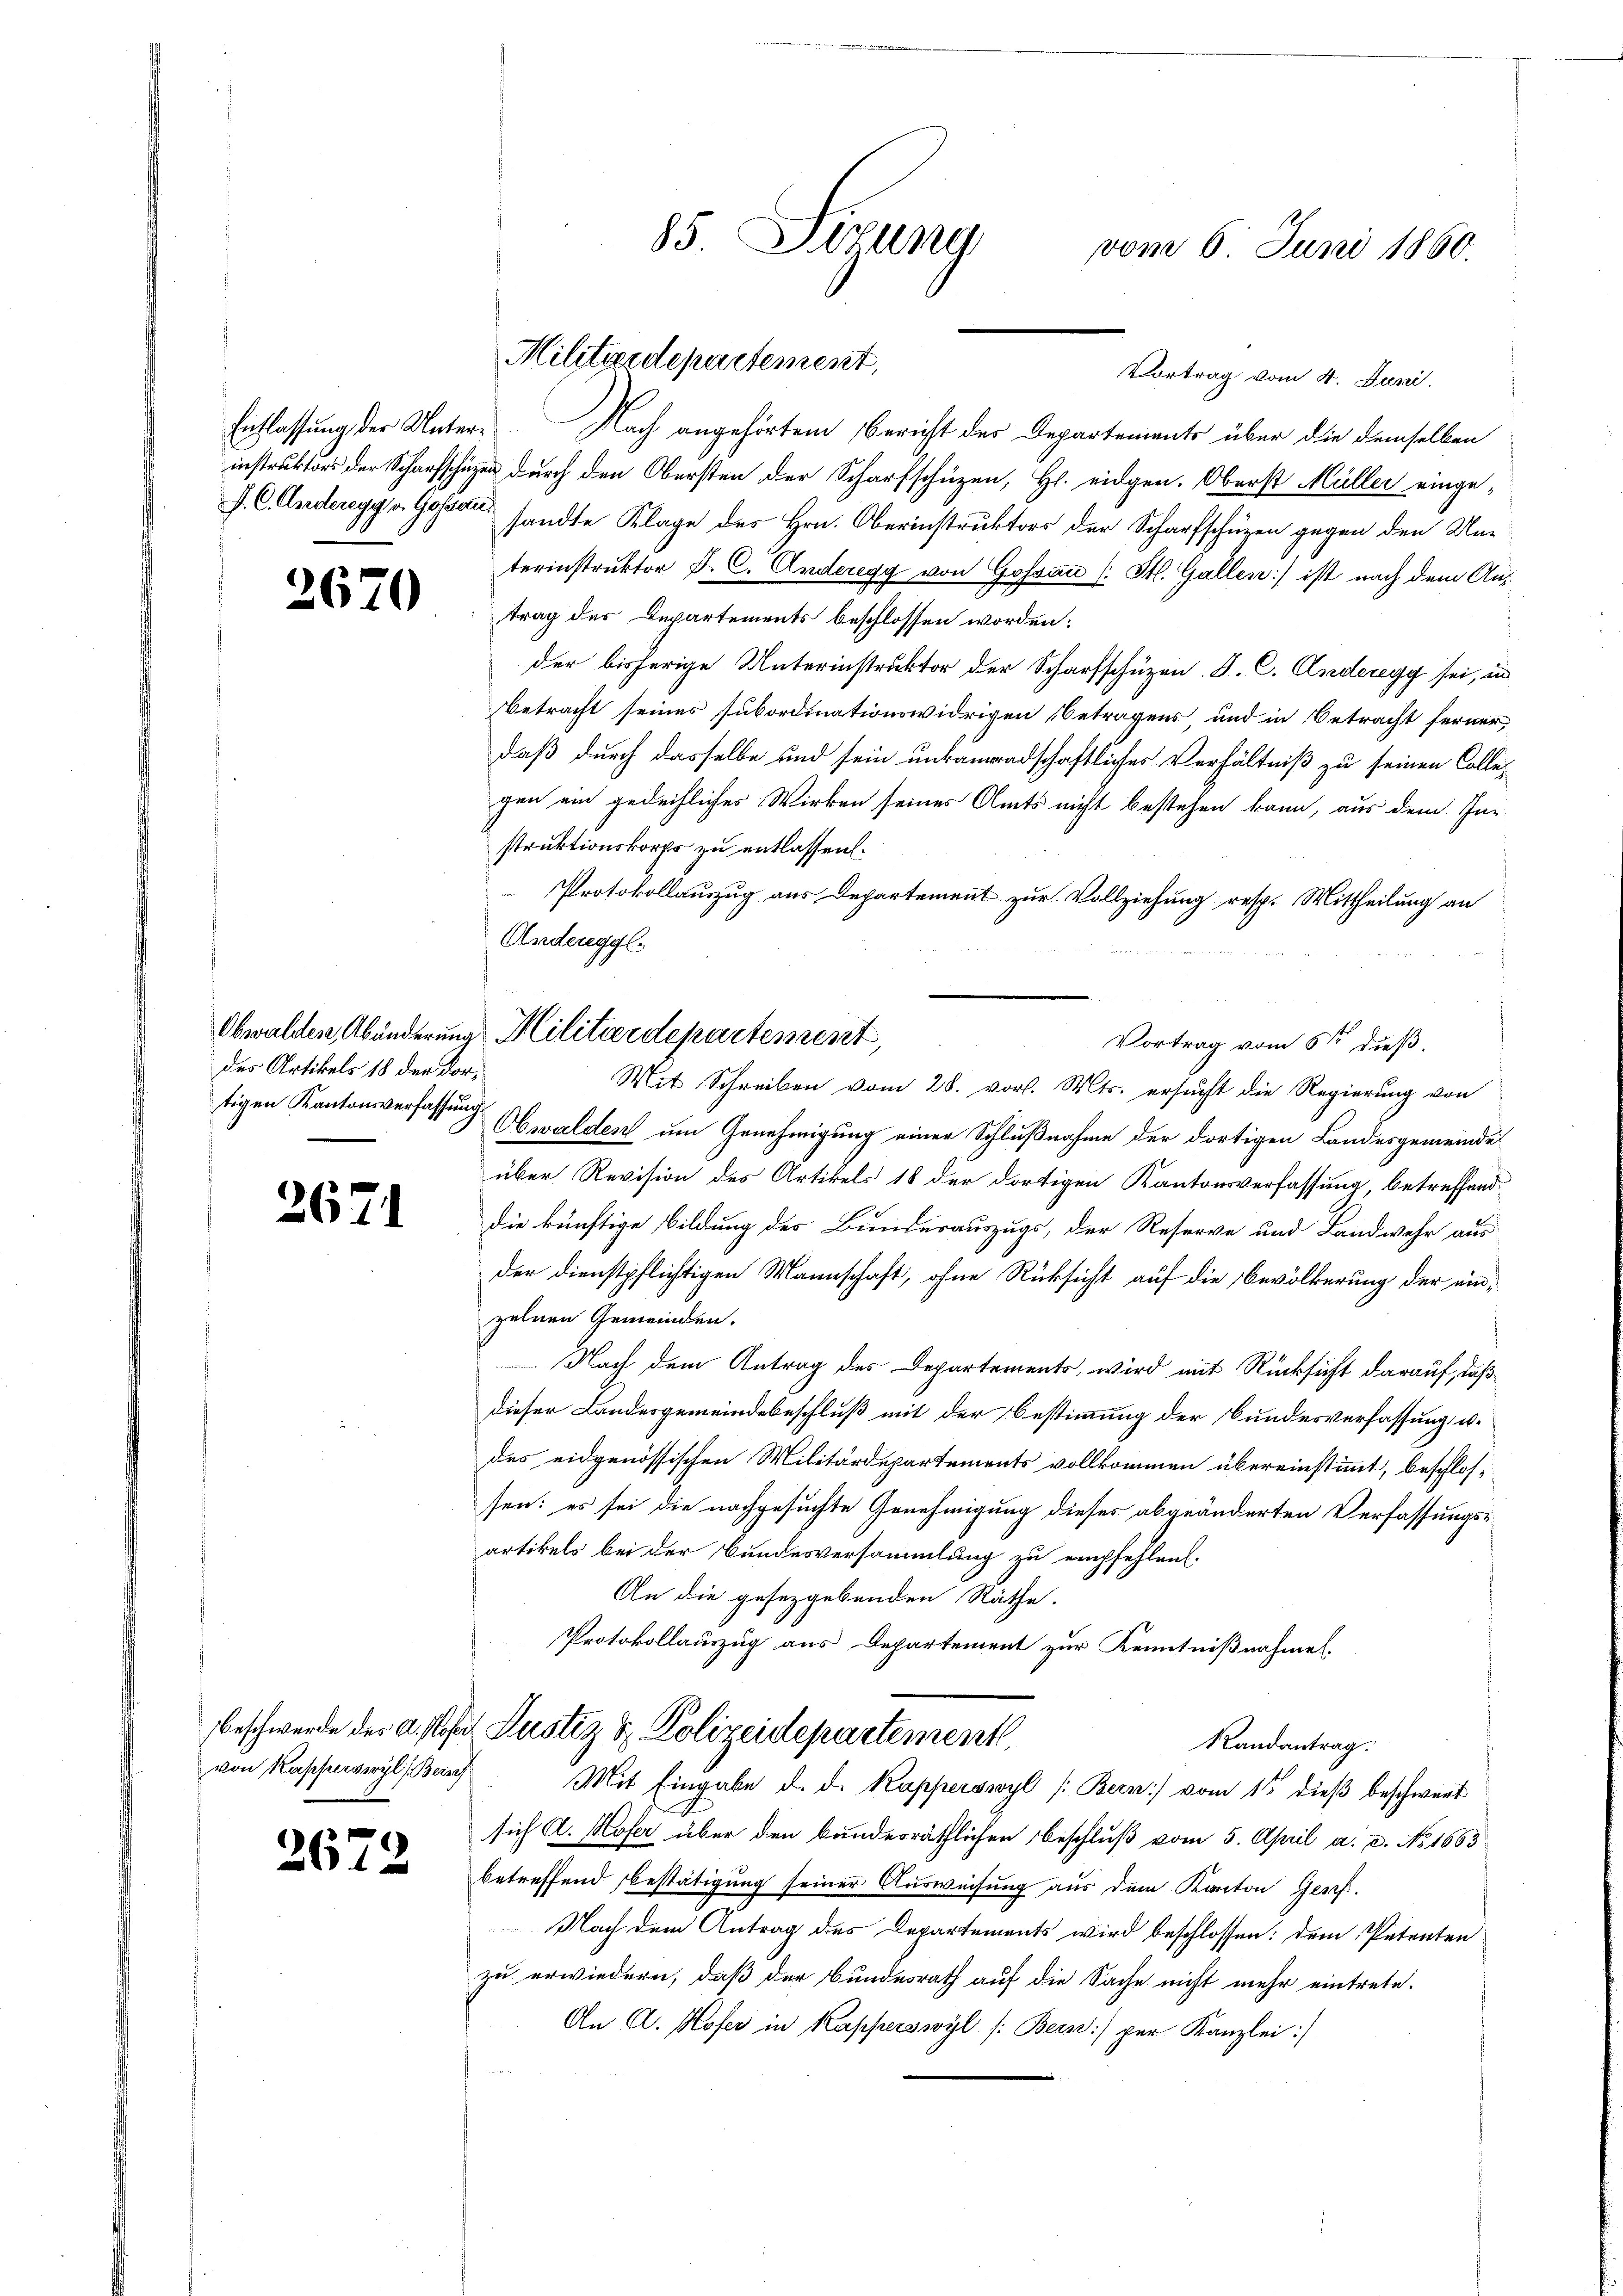
Entlassung, der Unter¬

2670

des Artikels 18 der dortigen Kantonsverfassung.

2671

von Kapperswyl (Bern

2672

Vortrag vom 4. Juni
Nach angehörten Bericht des Departements über die demselben
instruktors der Scharfschüzen durch den Obersten der Scharfschüzen, H. eidgen. Oberst Müller einge-
P. C. Andereggs Gossen sandte Klage des Hrn. Oberinstruktors der Scharfschüren gegen den Unterinstruktor D. C. Anderegg von Gossan (: St. Gallen ist nach dem An-
trag des Departements beschlossen worden:
der bisherige Unterinstruktor der Scharfschüzen. J. C. Anderegg sei, in
Betracht seines subordinationswidrigen Betragens, und in Betracht ferner,
daß durch dasselbe und sein untanadschaftliches Verhältniß zu seinen Collegen ein gedeihliches Wirken seines Amts nicht bestehen kann, aus dem In-
struktionskorps zu entlassen.
Protokollauszug aus Departement zur Vollziehung resp. Mittheilung an
Anderegel.
Obwalden um Genehmigung einer Schlußnahme der dortigen Landesgemeinde
über Revision des Artikels 18 der dortigen Kantonsverfassung, betreffend
die künftige Bildung des Bundesauszugs, der Reserve und Landwehr aus
der dienstpflichtigen Mannschaft, ohne Rücksicht auf die Bevölkerung der einzelnen Gemeinden.
Nach dem Antrag des Departements, wird mit Rücksicht darauf, daß
dieser Landesgemeindebeschluß mit der Bestimmung der Bundesverfassung u.
des eidgenössischen Militärdepartements vollkommen übereinstimmt, beschlossen: es sei die nachgesuchte Genehmigung dieses abgeänderten Verfassungs-
artikels bei der Bundesversammlung zu empfehlen.
An die gesezgebenden Räthe.
Protokollauszug aus Departement zur Kenntnißnahmen.
beschwerde des a. Moser Justiz & Polizeidepartement
Randantrag.
Mit Eingabe d. d. Kapperswyl /: Bern) vom 11ten dieß beschwert
sich A. Hofer über den bundesräthlichen Beschluß vom 5. April a. c. No. 1663
betreffend Bestätigung seiner Ausweisung aus dem Kanton Genf.
Nach dem Antrag des Departements wird beschlossen: dem Petenten
zu erwiedern, daß der Bundesrath auf die Sache nicht mehr eintrete.
An A. Hofer in Kapperswyl /: Bern) per Kanzlei:/

Militärdepartement,

85. Sirung
vom 6. Juni 1860.

Obwalden Abänderung Militärdepartement,
Vortrag vom 5ten dieß.
Mit Schreiben vom 28. vor. Mts. ersucht die Regierung von